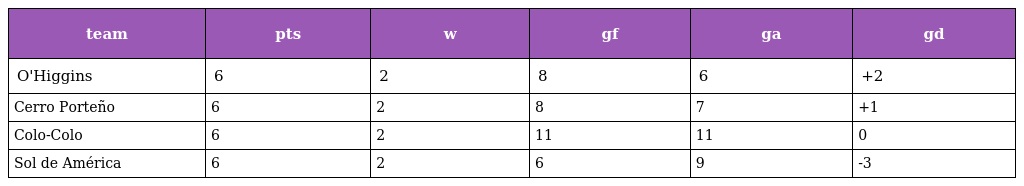
| team | pts | w | gf | ga | gd |
 | --- | --- | --- | --- | --- | --- |
 | O'Higgins | 6 | 2 | 8 | 6 | +2 |
 | Cerro Porteño | 6 | 2 | 8 | 7 | +1 |
 | Colo-Colo | 6 | 2 | 11 | 11 | 0 |
 | Sol de América | 6 | 2 | 6 | 9 | -3 |